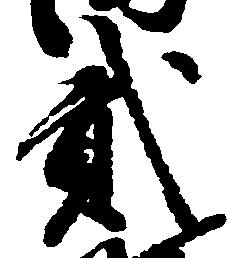
弐